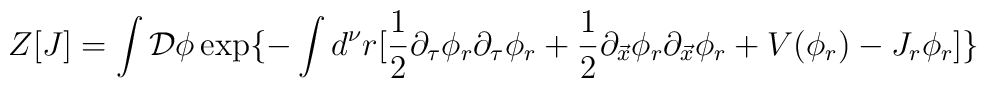
Z[J]=\int {\cal D}\phi \exp\{-\int d^\nu r[       {\frac {1}{2}}\partial_\tau \phi_r        \partial_\tau \phi_r + {\frac {1}{2}}\partial_{\vec{x}} \phi_r        \partial_{\vec{x}} \phi_r + V(\phi_r) -J_r\phi_r]\}